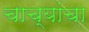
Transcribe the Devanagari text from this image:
चाच्यांचा